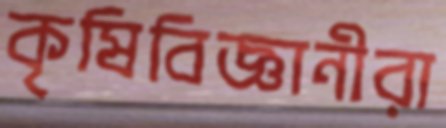
কৃষিবিজ্ঞানীরা